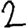
Digit: 2